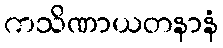
ကသိဏာယတနာနံ